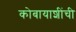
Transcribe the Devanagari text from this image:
कोबायाशींची